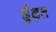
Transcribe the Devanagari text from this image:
ढूँढ़त